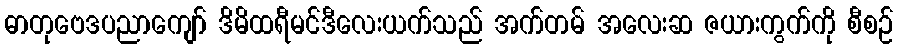
ဓာတုဗေဒပညာကျော် ဒိမိထရီမင်ဒီလေးယက်သည် အက်တမ် အလေးဆ ဇယားကွက်ကို စီစဉ်